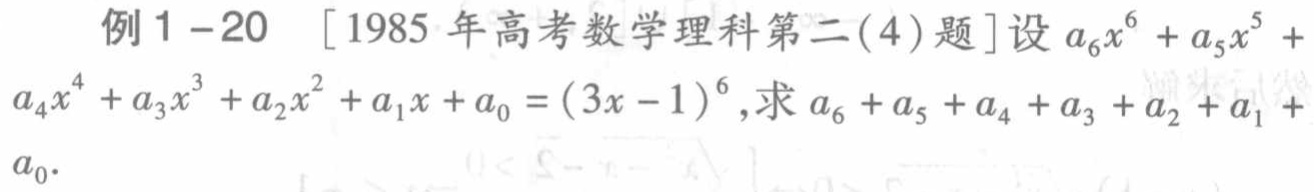
例1 -20 [1985年高考数学理科第二(4)题]设\(a_{6}x^{6}+a_{5}x^{5}+a_{4}x^{4}+a_{3}x^{3}+a_{2}x^{2}+a_{1}x + a_{0}=(3x - 1)^{6}\),求\(a_{6}+a_{5}+a_{4}+a_{3}+a_{2}+a_{1}+a_{0}\).